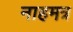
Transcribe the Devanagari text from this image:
नाहमत्र